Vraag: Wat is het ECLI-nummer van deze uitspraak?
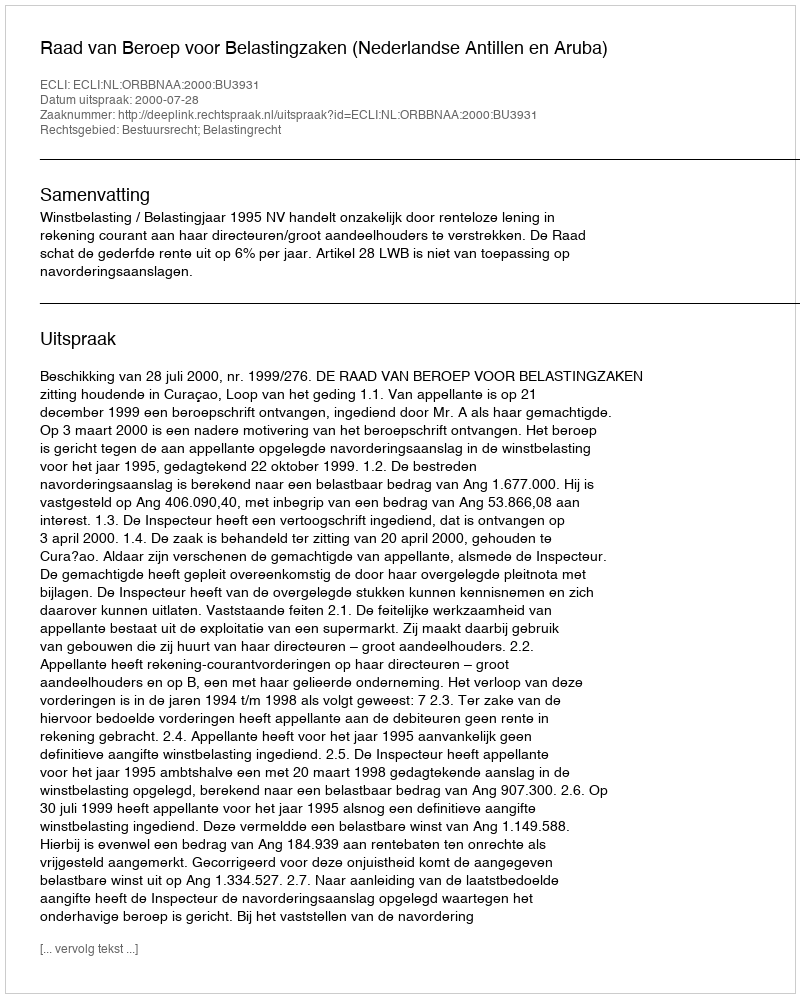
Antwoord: ECLI:NL:ORBBNAA:2000:BU3931